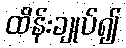
ထိန်းချုပ်၍